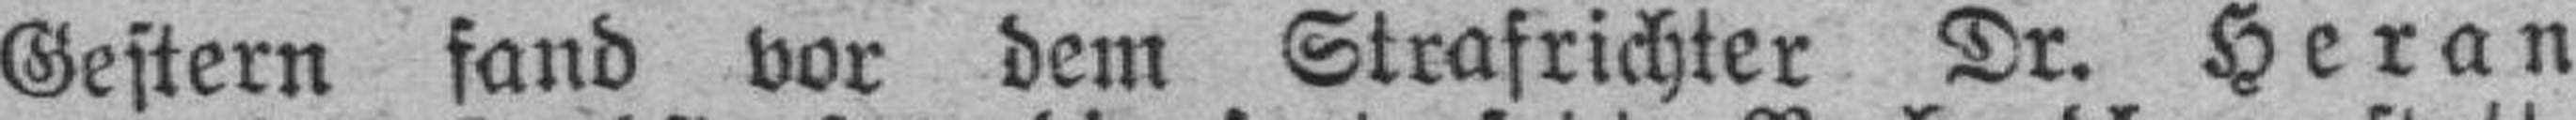
Gestern fand vor dem Strafrichter Dr. Heran